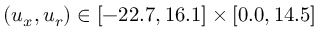
( u _ { x } , u _ { r } ) \in [ - 2 2 . 7 , 1 6 . 1 ] \times [ 0 . 0 , 1 4 . 5 ]